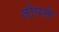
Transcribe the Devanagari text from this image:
तोपसे